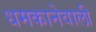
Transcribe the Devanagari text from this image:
धमकानेवाली